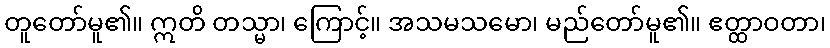
တူတော်မူ၏။ ဣတိ တသ္မာ၊ ကြောင့်။ အသမသမော၊ မည်တော်မူ၏။ ဧတ္ထာဝတာ၊